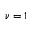
\nu = 1